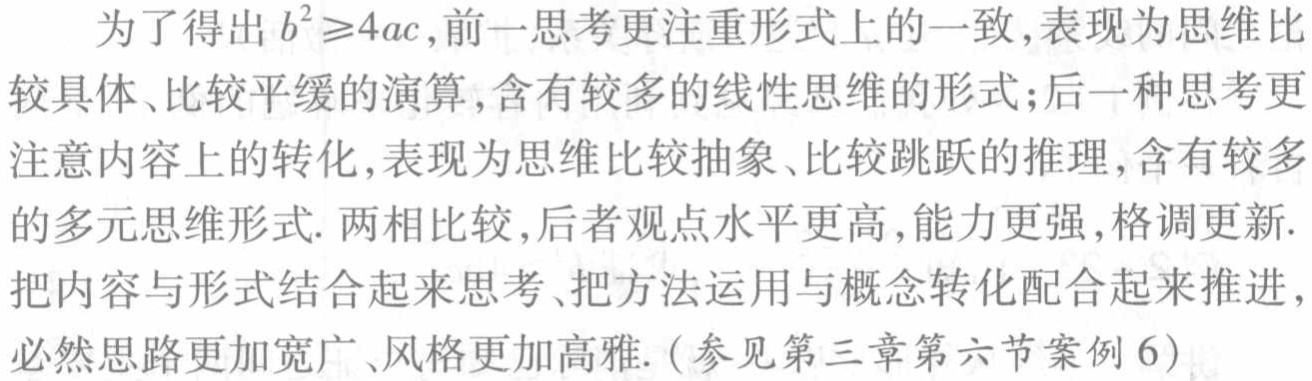
为了得出 \(b^{2}\geq4ac\)，前一思考更注重形式上的一致，表现为思维比较具体、比较平缓的演算，含有较多的线性思维的形式；后一种思考更注意内容上的转化，表现为思维比较抽象、比较跳跃的推理，含有较多的多元思维形式. 两相比较，后者观点水平更高，能力更强，格调更新. 把内容与形式结合起来思考、把方法运用与概念转化配合起来推进，必然思路更加宽广、风格更加高雅. (参见第三章第六节案例 6)